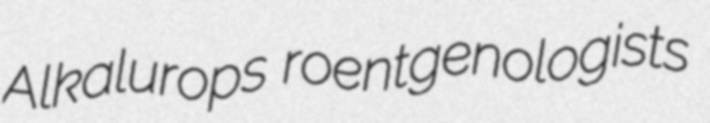
Alkalurops roentgenologists